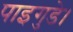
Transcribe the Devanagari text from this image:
पाइगुडे।